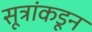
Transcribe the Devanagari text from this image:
सूत्रांकडून